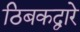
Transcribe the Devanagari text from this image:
ठिबकद्वारे